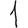
Digit: 1